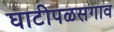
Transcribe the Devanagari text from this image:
घाटीपळसगाव